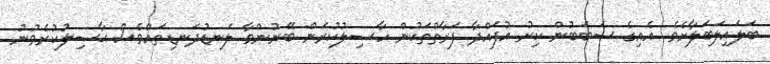
ބަލައިލަބަލާށެވެ. އެއިގެ ސަބަބުން ކިރު އުފައްދާ ފަރާތްތަކުން ހާޞިލުކުރަން ބޭނުންވާ ލަނޑުދަނޑިތައްވެސް ޙާޞިލުކުރެވުނު